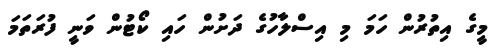
މީގެ އިތުރުން ހަމަ މި އިސްލާހުގެ ދަށުން ހައި ކޯޓުން ވަނީ ފުރަތަމަ